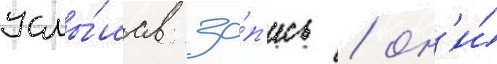
Услы́шав за́п'ись / он'и́